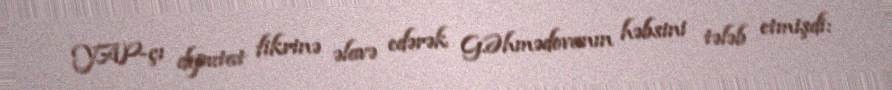
YAP-çı deputat fikrinə əlavə edərək G.Əhmədovanın həbsini tələb etmişdi: